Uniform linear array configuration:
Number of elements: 16
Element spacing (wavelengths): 0.25
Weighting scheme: kaiser
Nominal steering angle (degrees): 30
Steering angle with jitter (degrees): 31.103
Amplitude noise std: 0.05
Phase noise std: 0.05

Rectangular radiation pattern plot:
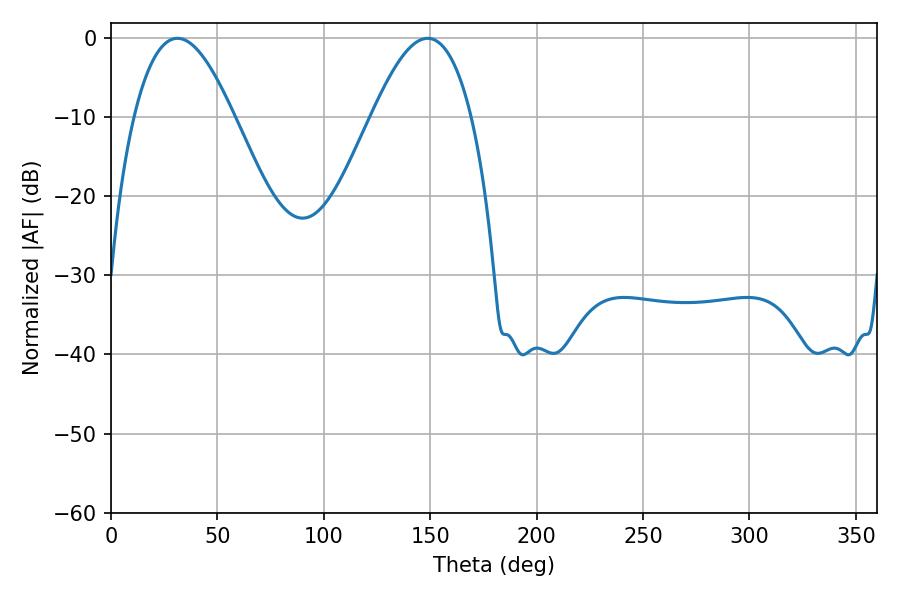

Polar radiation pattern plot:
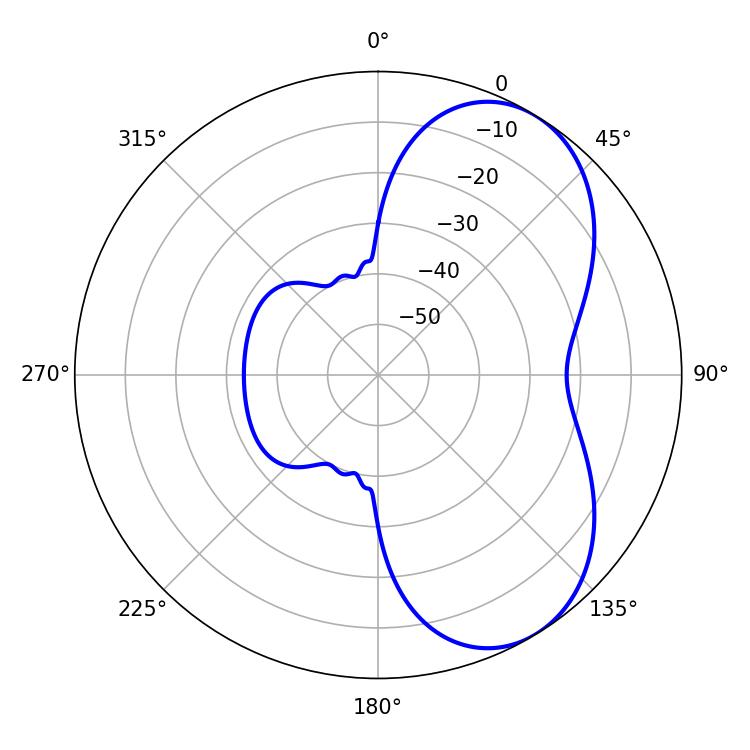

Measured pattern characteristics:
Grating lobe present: FALSE
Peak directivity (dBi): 5.811
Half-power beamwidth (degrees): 25.56
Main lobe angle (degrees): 31.14